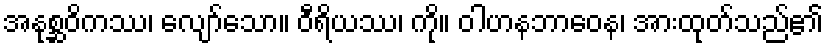
အနုစ္ဆဝိကဿ၊ လျော်သော။ ဝီရိယဿ၊ ကို။ ဝါဟနဘာဝေန၊ အားထုတ်သည်၏